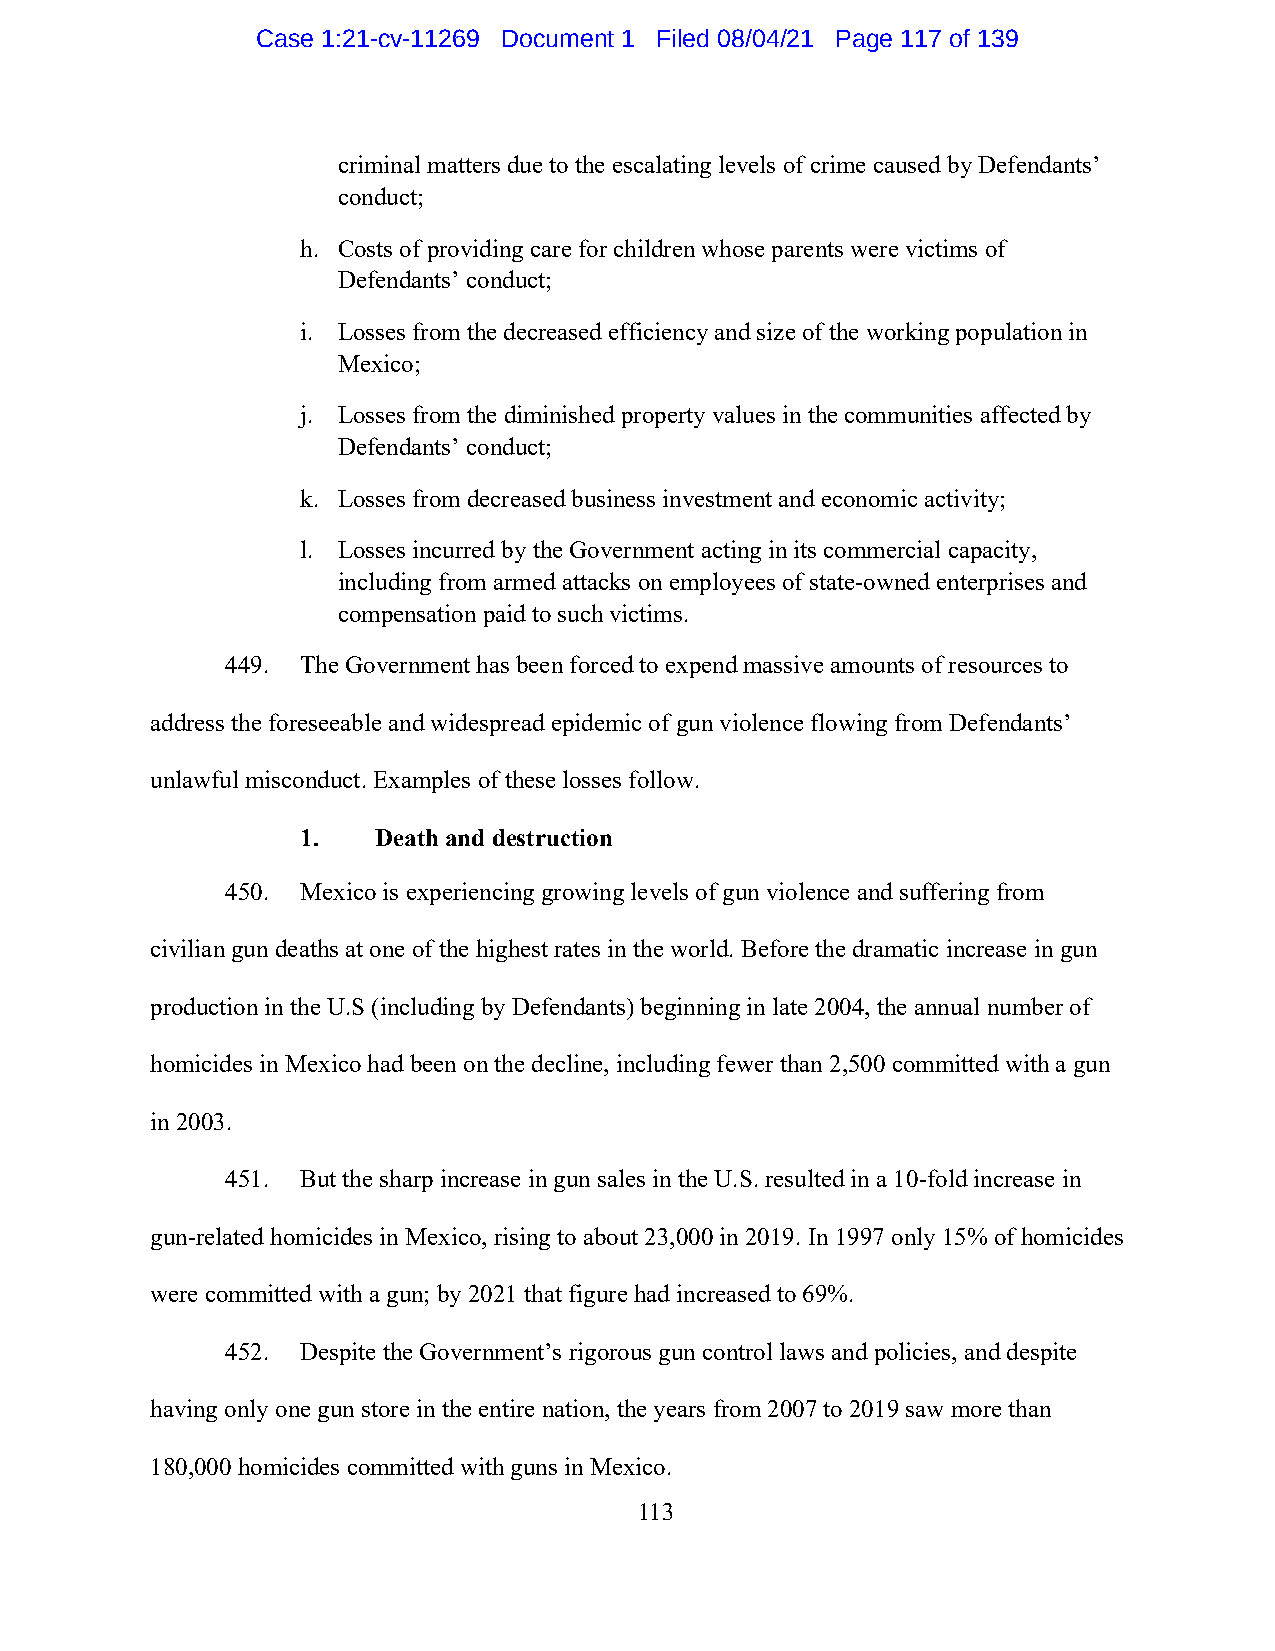
Case 1:21-cv-11269 Document 1 Filed 08/04/21 Page 117 of 139
 criminal matters due to the escalating levels of crime caused by Defendants’
 conduct;
 h. Costs of providing care for children whose parents were victims of
 Defendants’ conduct;
 i. Losses from the decreased efficiency and size of the working population in
 Mexico;
 j. Losses from the diminished property values in the communities affected by
 Defendants’ conduct;
 k. Losses from decreased business investment and economic activity;
 l. Losses incurred by the Government acting in its commercial capacity,
 including from armed attacks on employees of state-owned enterprises and
 compensation paid to such victims.
 449. The Government has been forced to expend massive amounts of resources to
 address the foreseeable and widespread epidemic of gun violence flowing from Defendants’
 unlawful misconduct. Examples of these losses follow.
 1.   Death and destruction
 450. Mexico is experiencing growing levels of gun violence and suffering from
 civilian gun deaths at one of the highest rates in the world. Before the dramatic increase in gun
 production in the U.S (including by Defendants) beginning in late 2004, the annual number of
 homicides in Mexico had been on the decline, including fewer than 2,500 committed with a gun
 in 2003.
 451. But the sharp increase in gun sales in the U.S. resulted in a 10-fold increase in
 gun-related homicides in Mexico, rising to about 23,000 in 2019. In 1997 only 15% of homicides
 were committed with a gun; by 2021 that figure had increased to 69%.
 452. Despite the Government’s rigorous gun control laws and policies, and despite
 having only one gun store in the entire nation, the years from 2007 to 2019 saw more than
 180,000 homicides committed with guns in Mexico.
 113